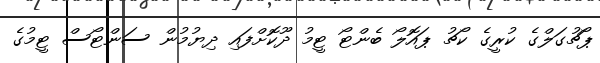
ޕޯޗުގަލްގެ ކުރީގެ ކޯޗު ޕައޮލޯ ބެންޓޯ ޓީމު ދޫކޮށްފައި ދިޔުމުން ސަންޓޯސް ޓީމުގެ